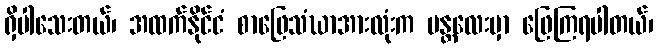
ရှိပါသေးတယ်၊ အထက်နိုင်ငံ စာဖြေသံဃာအားလုံးက မန္တလေးမှာ ဖြေကြရပါတယ်၊